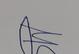
Signature authenticity: genuine